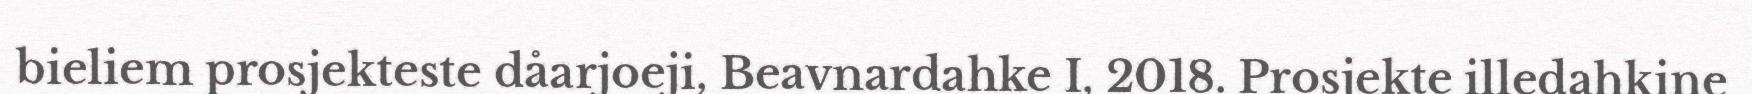
bieliem prosjekteste dåarjoeji, Beavnardahke I, 2018. Prosjekte illedahkine